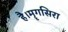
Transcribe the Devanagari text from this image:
है।मॄगसिरा